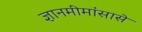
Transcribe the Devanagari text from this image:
ज्ञानमीमांसासे